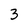
Character: 3